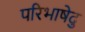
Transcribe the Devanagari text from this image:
परिभाषेदु